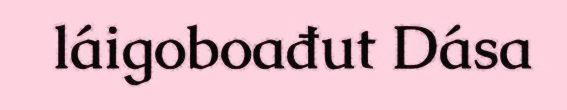
láigoboađut Dása